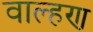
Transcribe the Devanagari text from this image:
वाल्हण